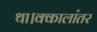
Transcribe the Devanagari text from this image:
था।क्कालांतर